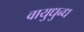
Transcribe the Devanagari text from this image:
वायुधुन्ध